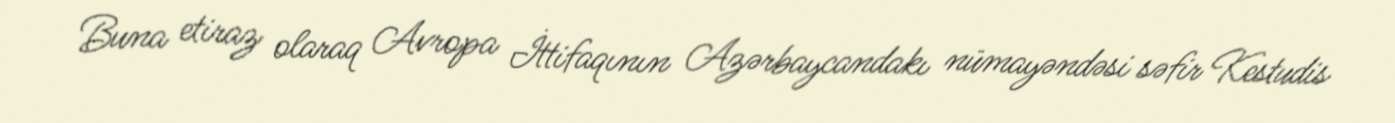
Buna etiraz olaraq Avropa İttifaqının Azərbaycandakı nümayəndəsi səfir Kestudis